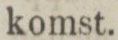
komst.